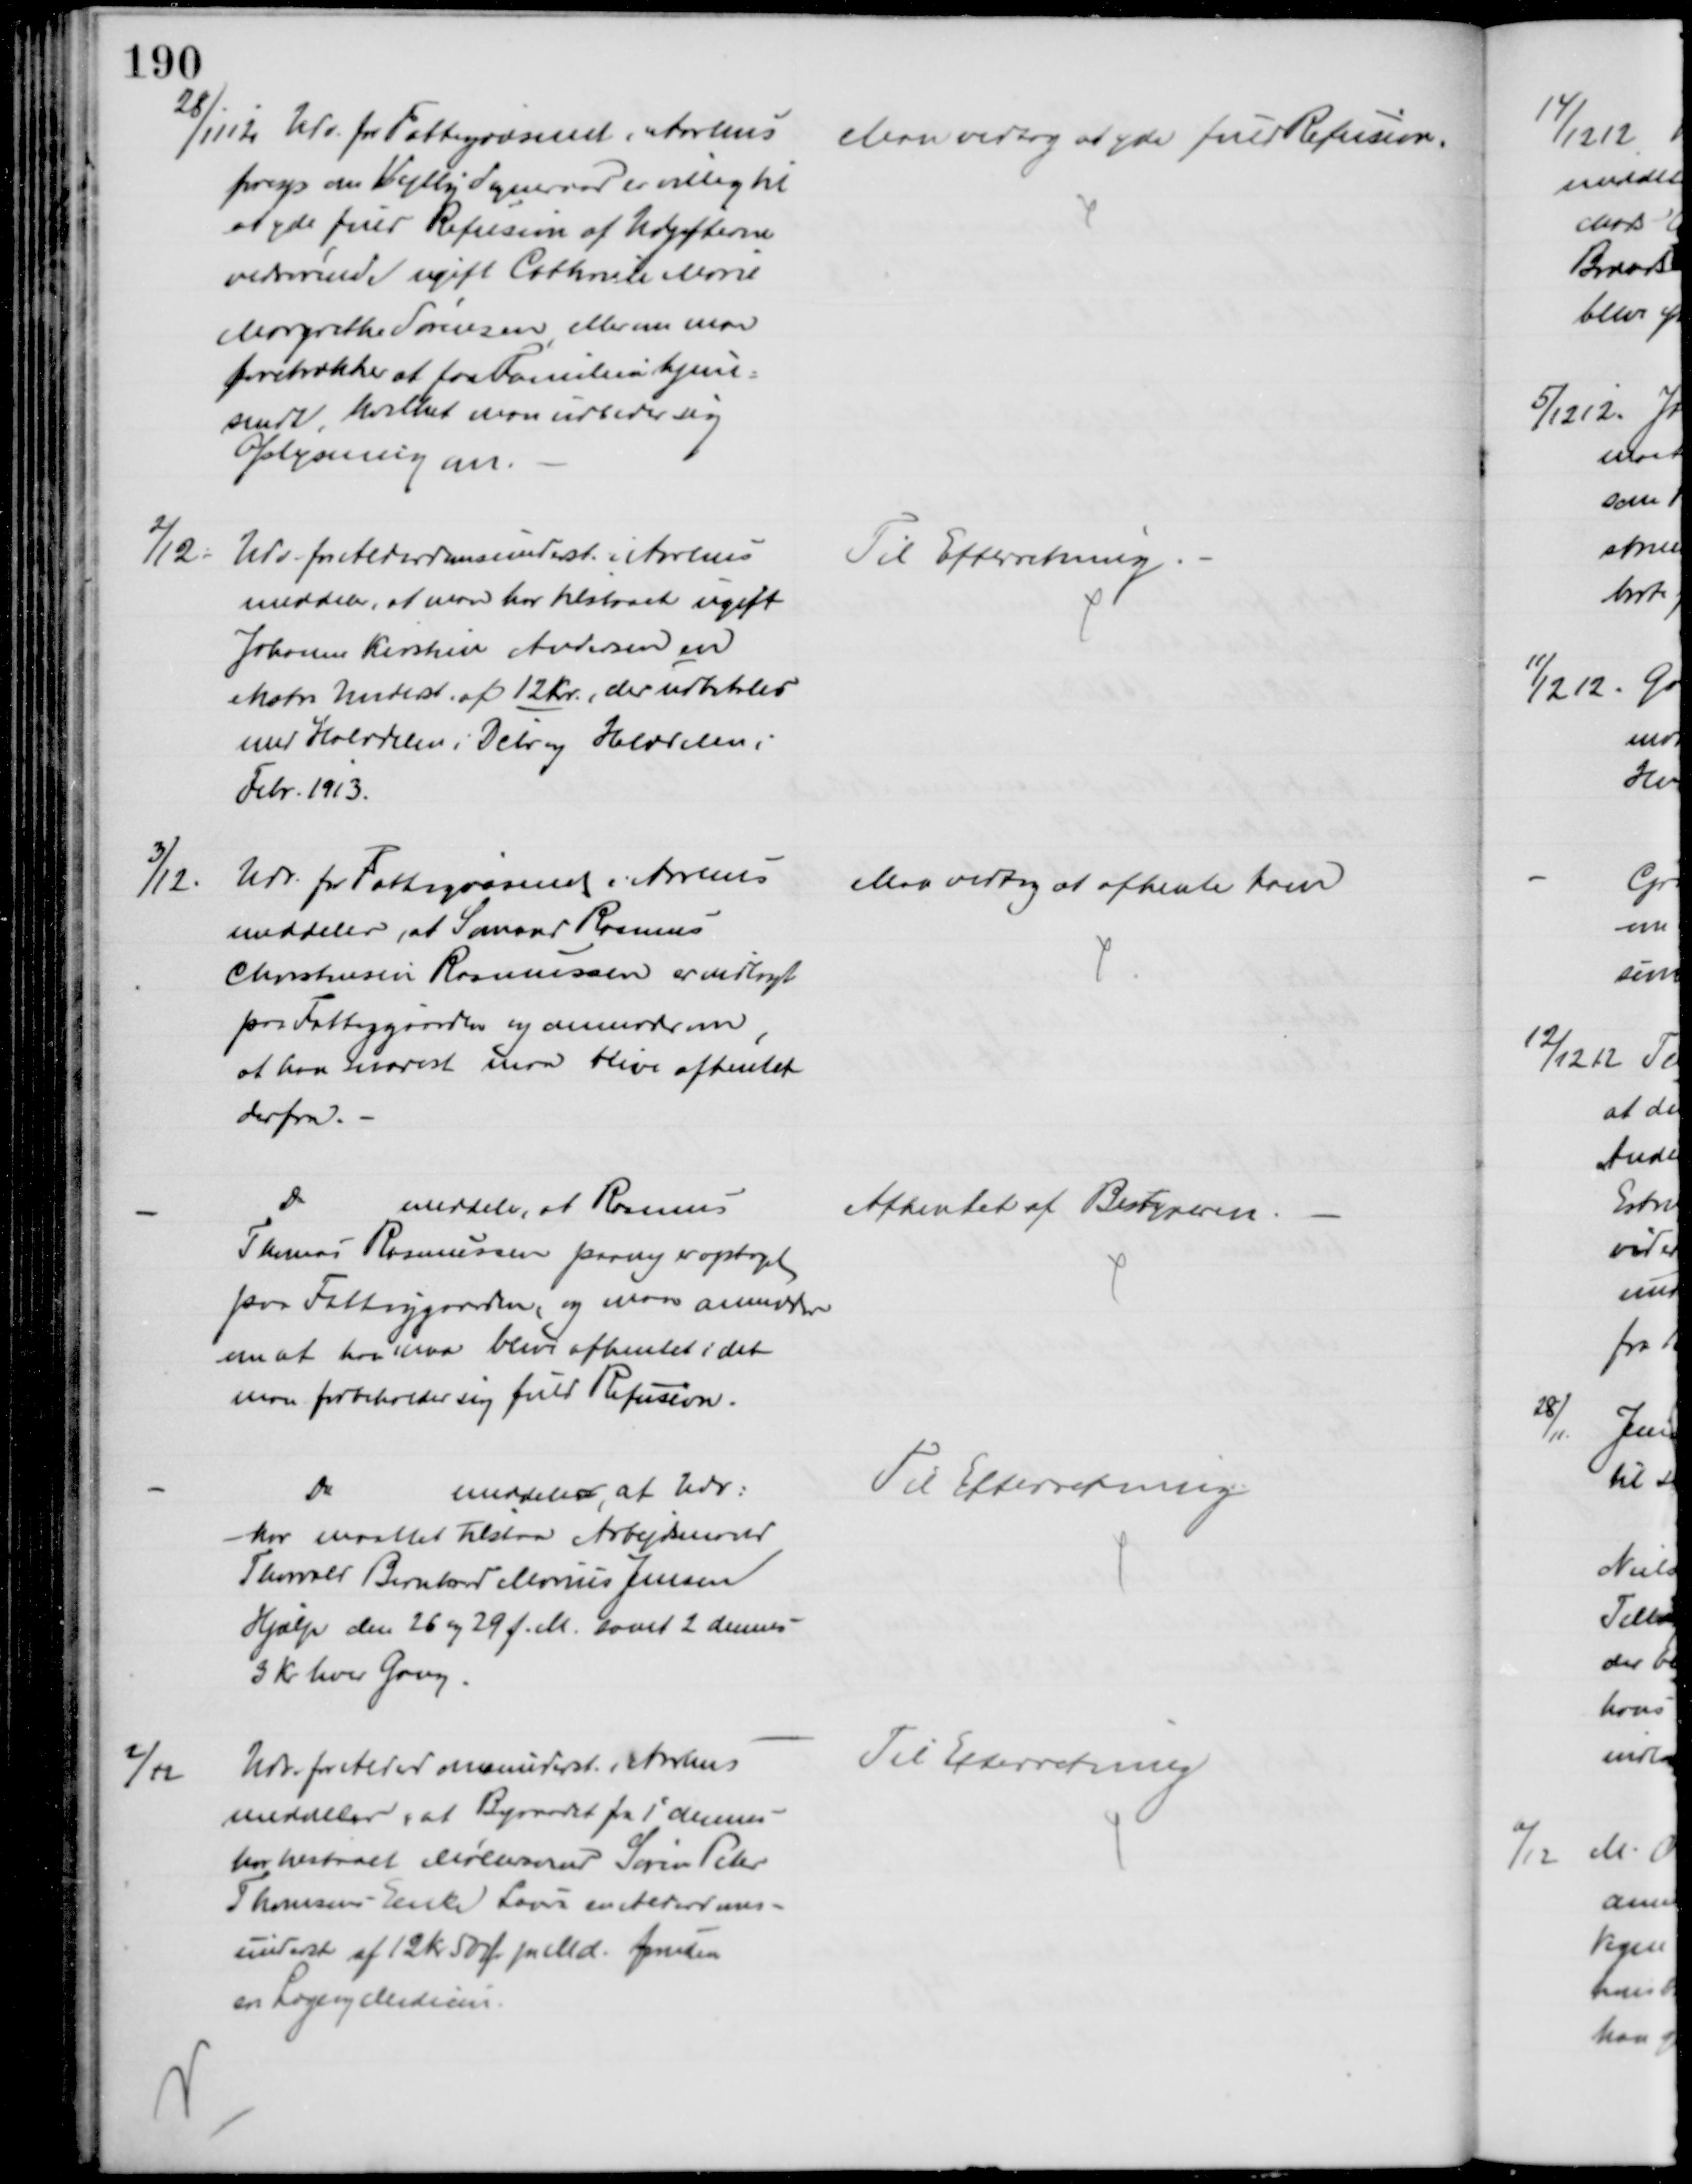
Transskription:
28/11 12 Udv. for Fattigvæsenet i Aarhus
foresp om Vejlby Sogneraad er villig til
at yde fuld Refusion af Udgifterne
vedrørende ugift Cathrine Marie
Margrethe Sørensen eller om man
foretrækker at faa Familien hjem-
sendt, hvilket man udbeder sig
Oplysning om.
Man vedtog at yde fuld Refusion.
2/12.
Udv for Alderdomsunderst. i Aarhus
meddeler, at man har tilstaaet ugift
Johanne Kirstine Andersen en
ekstra Underst. af 12 Kr., der udbetales
med Halvdelen i Dcbr og Halvdelen i
Febr. 1913.
Til Efterretning
3/12.
Udv. for Fattigvæsenet i Aarhus
meddeler, at Sømand Rasmus
Christensen Rasmussen er indlagt
paa Fattiggaarden og anmoder om,
at han snarest maa blive afhentet
derfra.
Man vedtog at afhente ham
Do
meddeler, at Rasmus
Thomas Rasmussen paany er optaget
paa Fattiggaarden, og man anmoder
om at han maa blive afhentet idet
man forbeholder sig fuld Refusion.
Afhentet af Bestyreren.
Do
meddeler, at Udv:
har maattet tilstaa Arbejdsmand
Thorvald Bernhard Marius Jensen
Hjælp den 26 og 29 f. M. samt 2 dennes
3 Kr hver Gang
Til Efterretning
2/12
Udv. for Alderdomsunderst i Aarhus
meddeler, at Byraadet fra 1 dennes
har tilstaaet Møllersvend Søren Peter
Thomsens Enke Laura en Alderdoms-
underst af 12 kr 50 Ør pr Md. foruden
en Læge og Medicin.
Til Efterretning